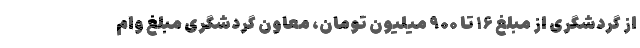
از گردشگری از مبلغ ۱۶ تا ۹۰۰ میلیون تومان، معاون گردشگری مبلغ وام